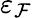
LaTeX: \varepsilon_{\mathcal{F}}